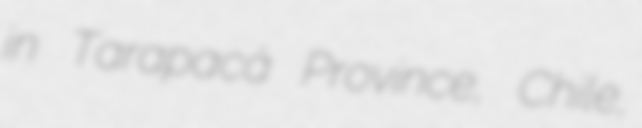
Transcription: in Tarapacá Province, Chile,